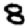
Digit: 8